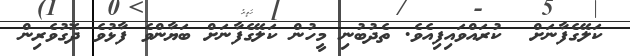
ކަލޭގެފާނަށް  ކުރައްވައިފިއެވެ. ތެދުބުނި މީހުން ކަލޭގެފާނަށް ބަޔާންވެ ފާޅުވެ ދޮގުވެރިން